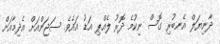
ދާނިޔަލް އެނބުރި ގޮސް ނިކުމެ ދޮރު ލެއްޕި އަޑު އައެވެ. ސަޖަންއަށް އެދިމާއަށް